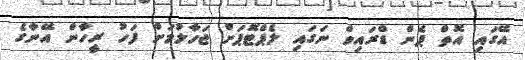
އޭގައި އޮތް ޕެން ޑްރައިވް ނަގައި ލެޕްޓޮޕަށް ޖަހާލުމަށް ފަހު ރީހާން އޭނާގެ